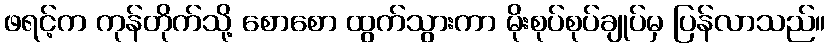
ဖရင့်က ကုန်တိုက်သို့ စောစော ထွက်သွားကာ မိုးစုပ်စုပ်ချုပ်မှ ပြန်လာသည်။